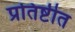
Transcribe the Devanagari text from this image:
प्रतिष्टीत